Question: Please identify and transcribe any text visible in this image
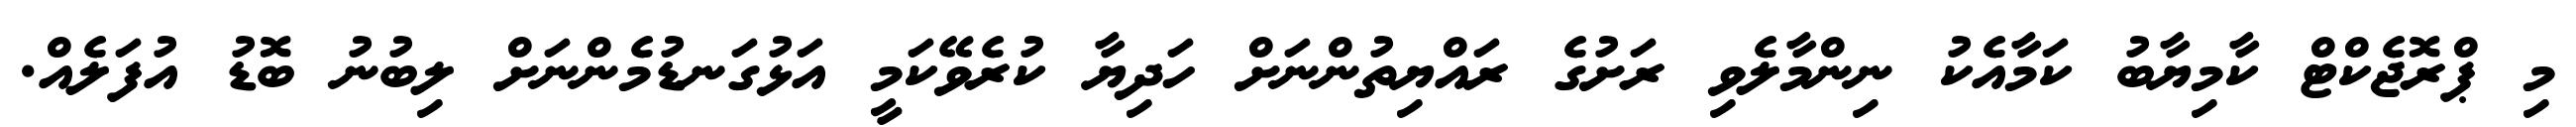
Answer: މި ޕްރޮޖެކްޓް ކާމިޔާބު ކަމާއެކު ނިންމާލެވި ރަށުގެ ރައްޔިތުންނަށް ހަދިޔާ ކުރެވޭކަމީ އަޅުގަނޑުމެންނަށް ލިބުނު ބޮޑު އުފަލެއް.